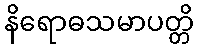
နိရောဓသမာပတ္တိ